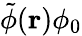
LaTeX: \tilde{\phi}(\mathbf{r})\phi_{0}